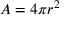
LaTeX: A = 4 \pi r ^ { 2 }